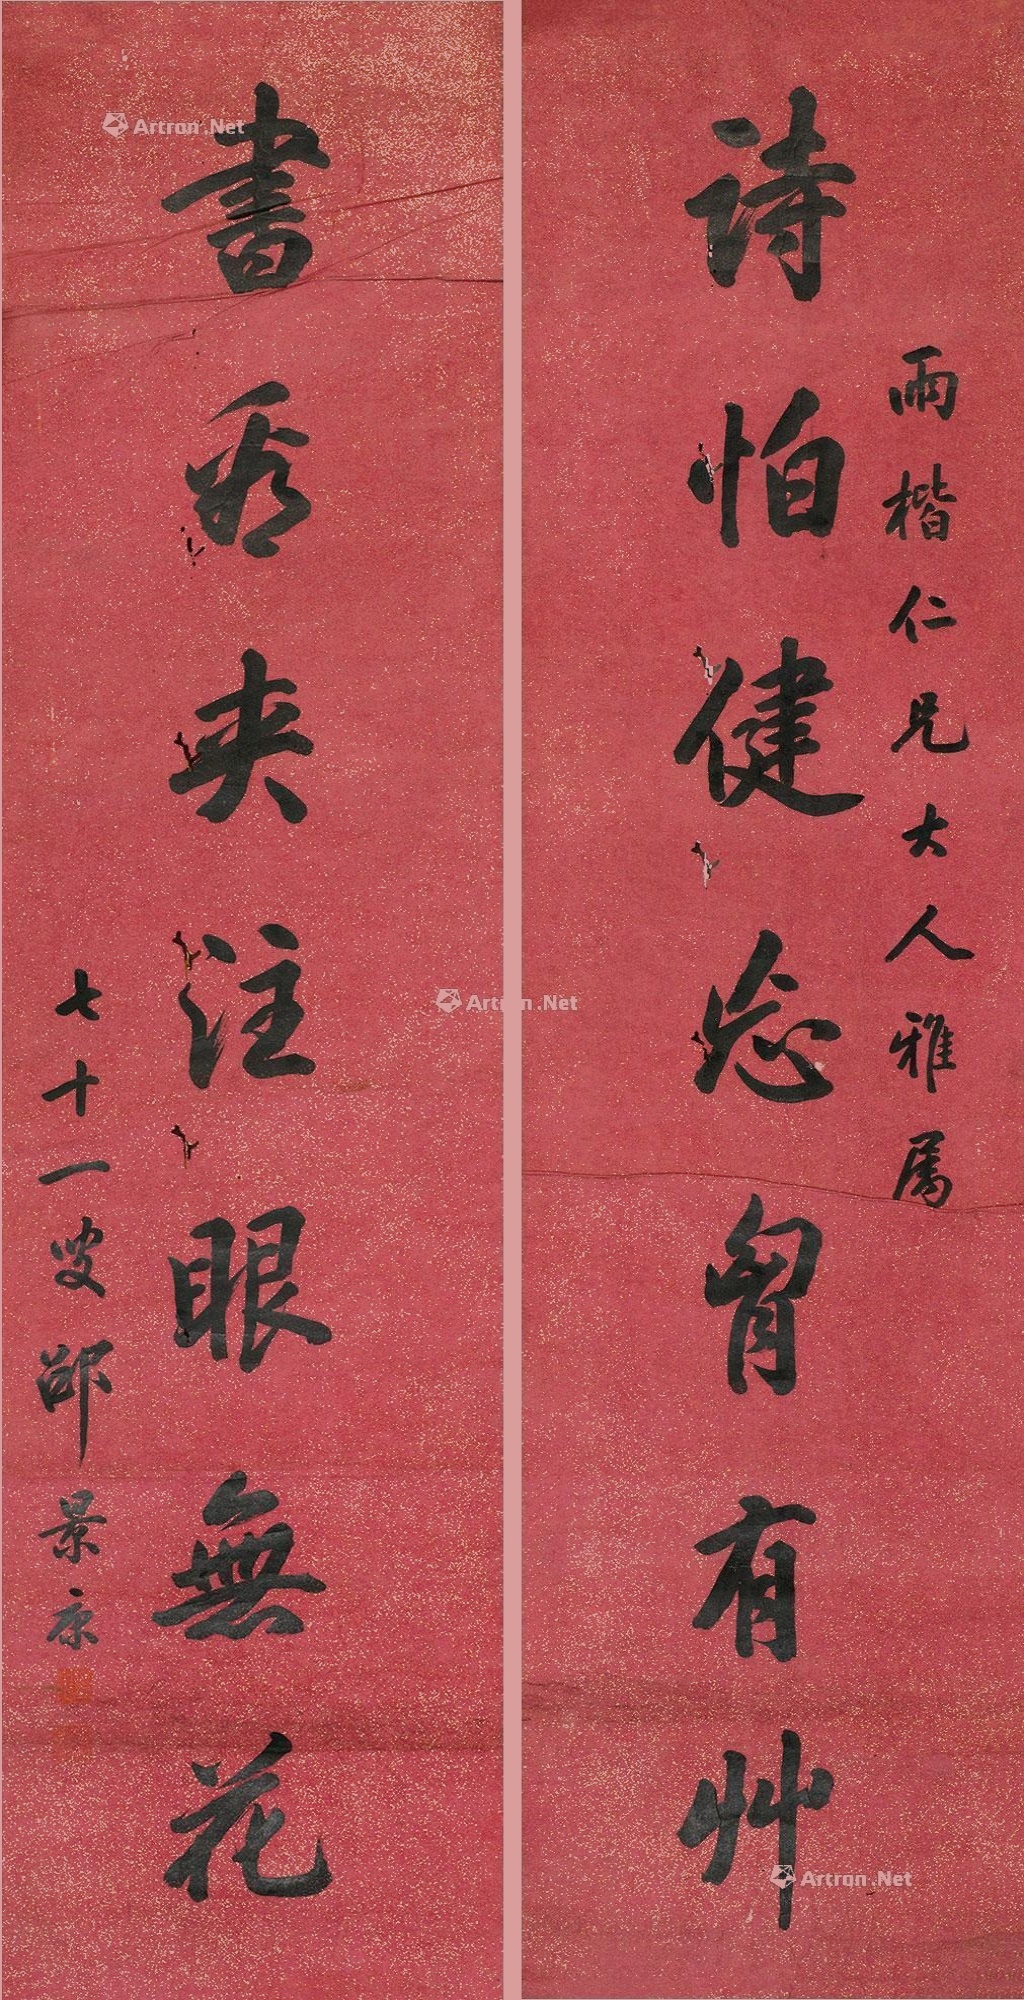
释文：诗怕健忘胸有草书看夹住眼无花两楷仁兄大人雅属七十一叟邵景康